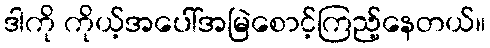
ဒါကို ကိုယ့်အပေါ်အမြဲစောင့်ကြည့်နေတယ်။